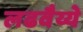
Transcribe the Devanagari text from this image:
लढवैय्ये